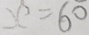
x ^ { 2 } = 6 0